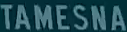
TAMESNA